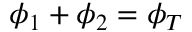
\phi _ { 1 } + \phi _ { 2 } = \phi _ { T }